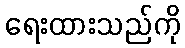
ရေးထားသည်ကို